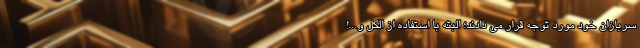
سربازان خود مورد توجه قرار می دادند؛ البته با استفاده از الکل و...!